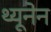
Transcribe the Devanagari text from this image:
थ्यूनेन